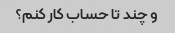
و چند تا حساب کار کنم؟